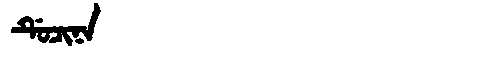
Manchu: ᡩᡠᠴᡳᠨᠠ
Romanization: DUCINA